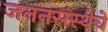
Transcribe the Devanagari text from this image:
जननसंस्थेचे